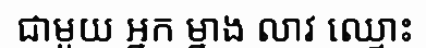
ជាមួយ អ្នក ម្នាង លាវ ឈ្មោះ